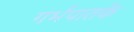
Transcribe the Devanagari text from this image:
गर्भपातके